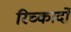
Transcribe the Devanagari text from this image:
रिच्कार्दो